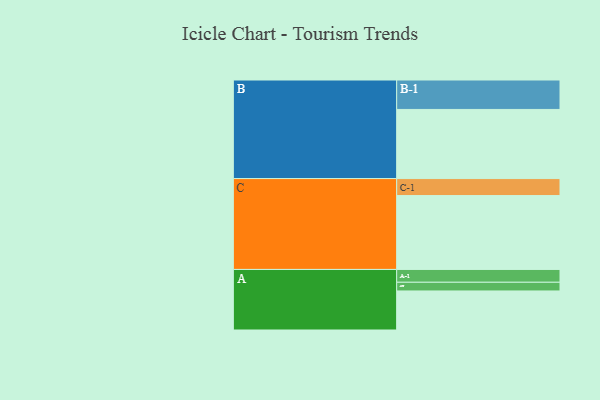
{"axis": {"x": "Segment", "y": "Value"}, "legend": ["", "A", "B", "C"], "data": [{"x": "A", "y": 305, "type": ""}, {"x": "B", "y": 540, "type": ""}, {"x": "C", "y": 577, "type": ""}, {"x": "A-1", "y": 100, "type": "A"}, {"x": "A-2", "y": 68, "type": "A"}, {"x": "B-1", "y": 230, "type": "B"}, {"x": "C-1", "y": 133, "type": "C"}]}